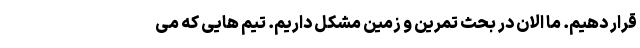
قرار دهیم. ما الان در بحث تمرین و زمین مشکل داریم. تیم هایی که می